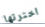
اخترتها